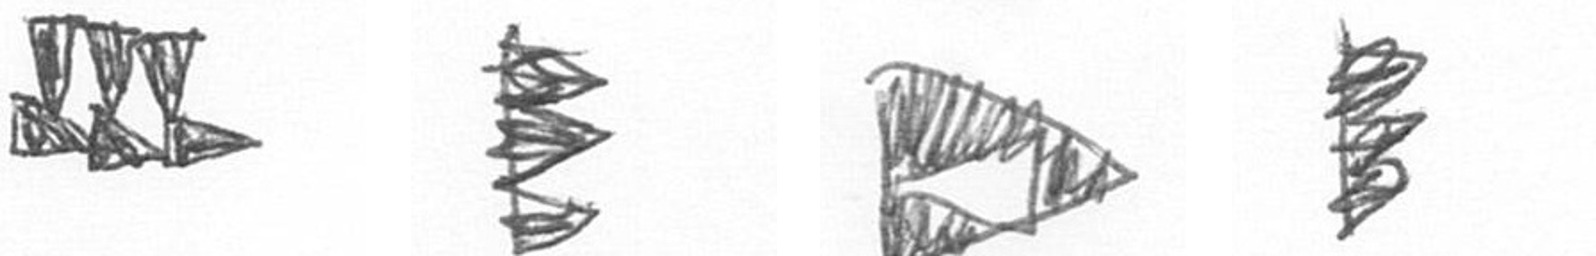
D H K H